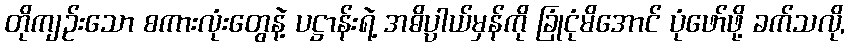
တိုကျဉ်းသော စကားလုံးတွေနဲ့ ပဋ္ဌာန်းရဲ့ အဓိပ္ပါယ်မှန်ကို ခြုံငုံမိအောင် ပုံဖော်ဖို့ ခက်သလို,